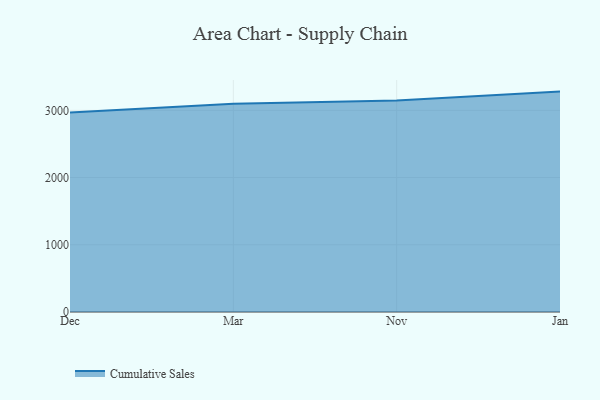
{"axis": {"x": "Month", "y": "Shipments"}, "legend": ["Cumulative Sales"], "data": [{"x": "Dec", "y": 2966.6, "type": "Cumulative Sales"}, {"x": "Mar", "y": 3098.2, "type": "Cumulative Sales"}, {"x": "Nov", "y": 3148.0, "type": "Cumulative Sales"}, {"x": "Jan", "y": 3278.8, "type": "Cumulative Sales"}]}